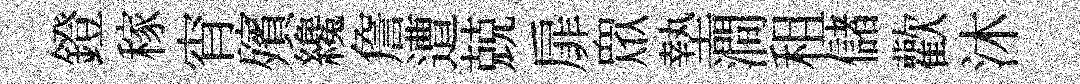
鐙稼宵殯纔詹遭兢扉衆墊澗租儲歡沐